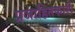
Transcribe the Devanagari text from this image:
प्रजाहितकारी